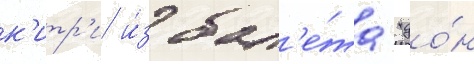
к'итр'и и́з бал'е́та "до́н